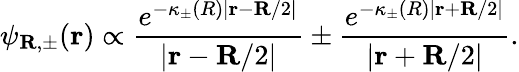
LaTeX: \psi_{\textbf{R},\pm}(\textbf{r})\propto\frac{e^{-\kappa_{\pm}(R)|\textbf{r}-\textbf{R}/2|}}{|\textbf{r}-\textbf{R}/2|}\pm\frac{e^{-\kappa_{\pm}(R)|\textbf{r}+\textbf{R}/2|}}{|\textbf{r}+\textbf{R}/2|}.